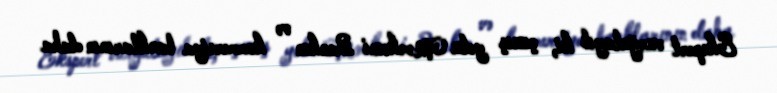
Ekspert vurğulayıb ki, çıxış yolu Mərkəzi Bankın və kommersiya banklarının daha